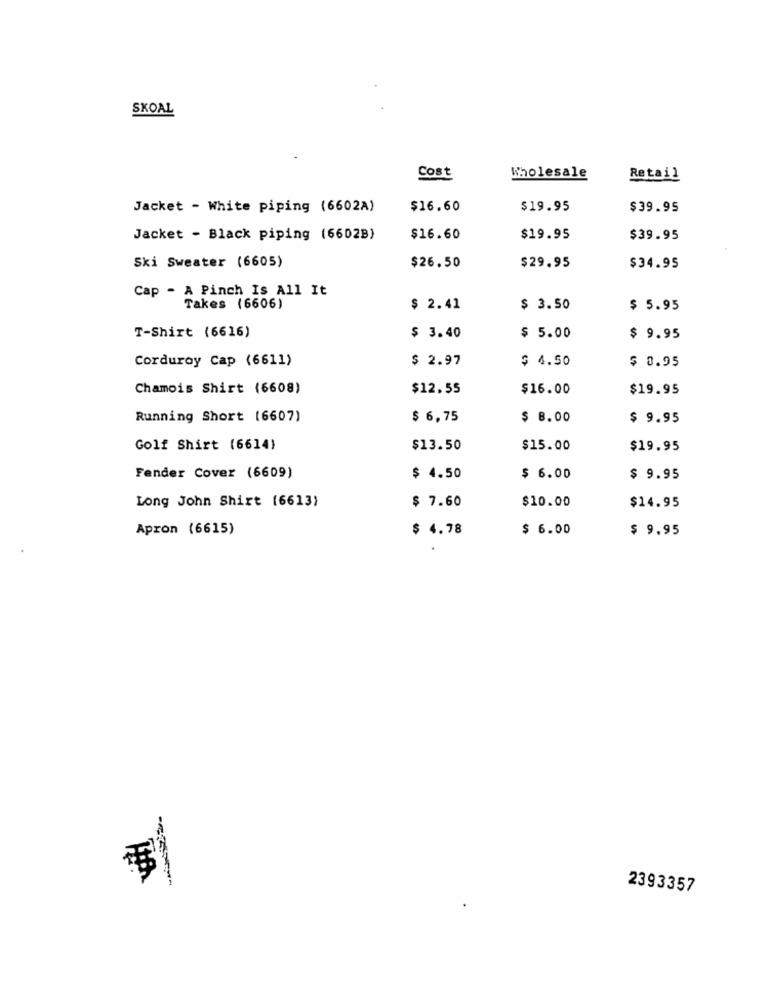
SKOAL
Cost
Wholesale
Retail
Jacket - White piping (6602A)
$16.60
$19.95
$39.95
Jacket - Black piping (6602B)
$16.60
$19.95
$39.95
Ski Sweater (6605)
$26.50
$29.95
$34.95
Cap - A Pinch Is All It
Takes (6606)
$ 2.41
$ 3.50
$ 5.95
T-Shirt (6616)
$ 3.40
$ 5.00
$ 9.95
Corduroy Cap (6611)
$ 2.97
$ 4.50
$ 8.95
Chamois Shirt (6608)
$12.55
$16.00
$19.95
Running Short (6607)
$ 6,75
$ 8.00
$ 9.95
Golf Shirt (6614)
$13.50
$15.00
$19.95
Fender Cover (6609)
$ 4.50
$ 6.00
$ 9.95
Long John Shirt (6613)
$ 7.60
$10.00
$14.95
Apron (6615)
$ 4.78
$ 6.00
$ 9.95
.
2393357